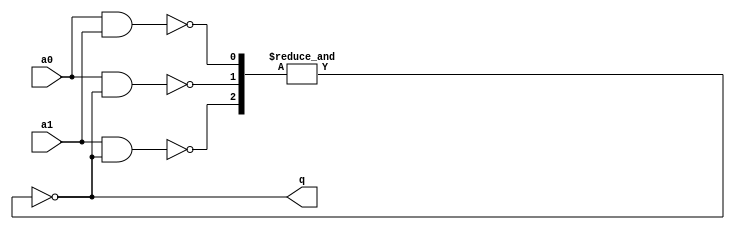
module c2 (a0, a1, q);

   input a0, a1;		// two inputs
   output q;			// output

   wire [2:0] m;		// internal wires

   nand U1 (m[0], a0, a1);
   nand U2 (m[1], a0, q);
   nand U3 (m[2], a1, q);
   assign q = ~&m;
   
endmodule